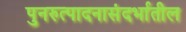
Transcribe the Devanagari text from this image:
पुनरुत्पादनासंदर्भातील